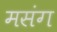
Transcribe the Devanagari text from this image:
मसंग